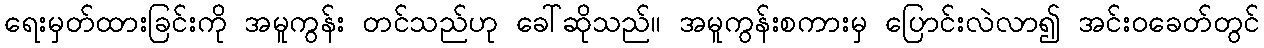
ရေးမှတ်ထားခြင်းကို အမူကွန်း တင်သည်ဟု ခေါ်ဆိုသည်။ အမူကွန်းစကားမှ ပြောင်းလဲလာ၍ အင်းဝခေတ်တွင်